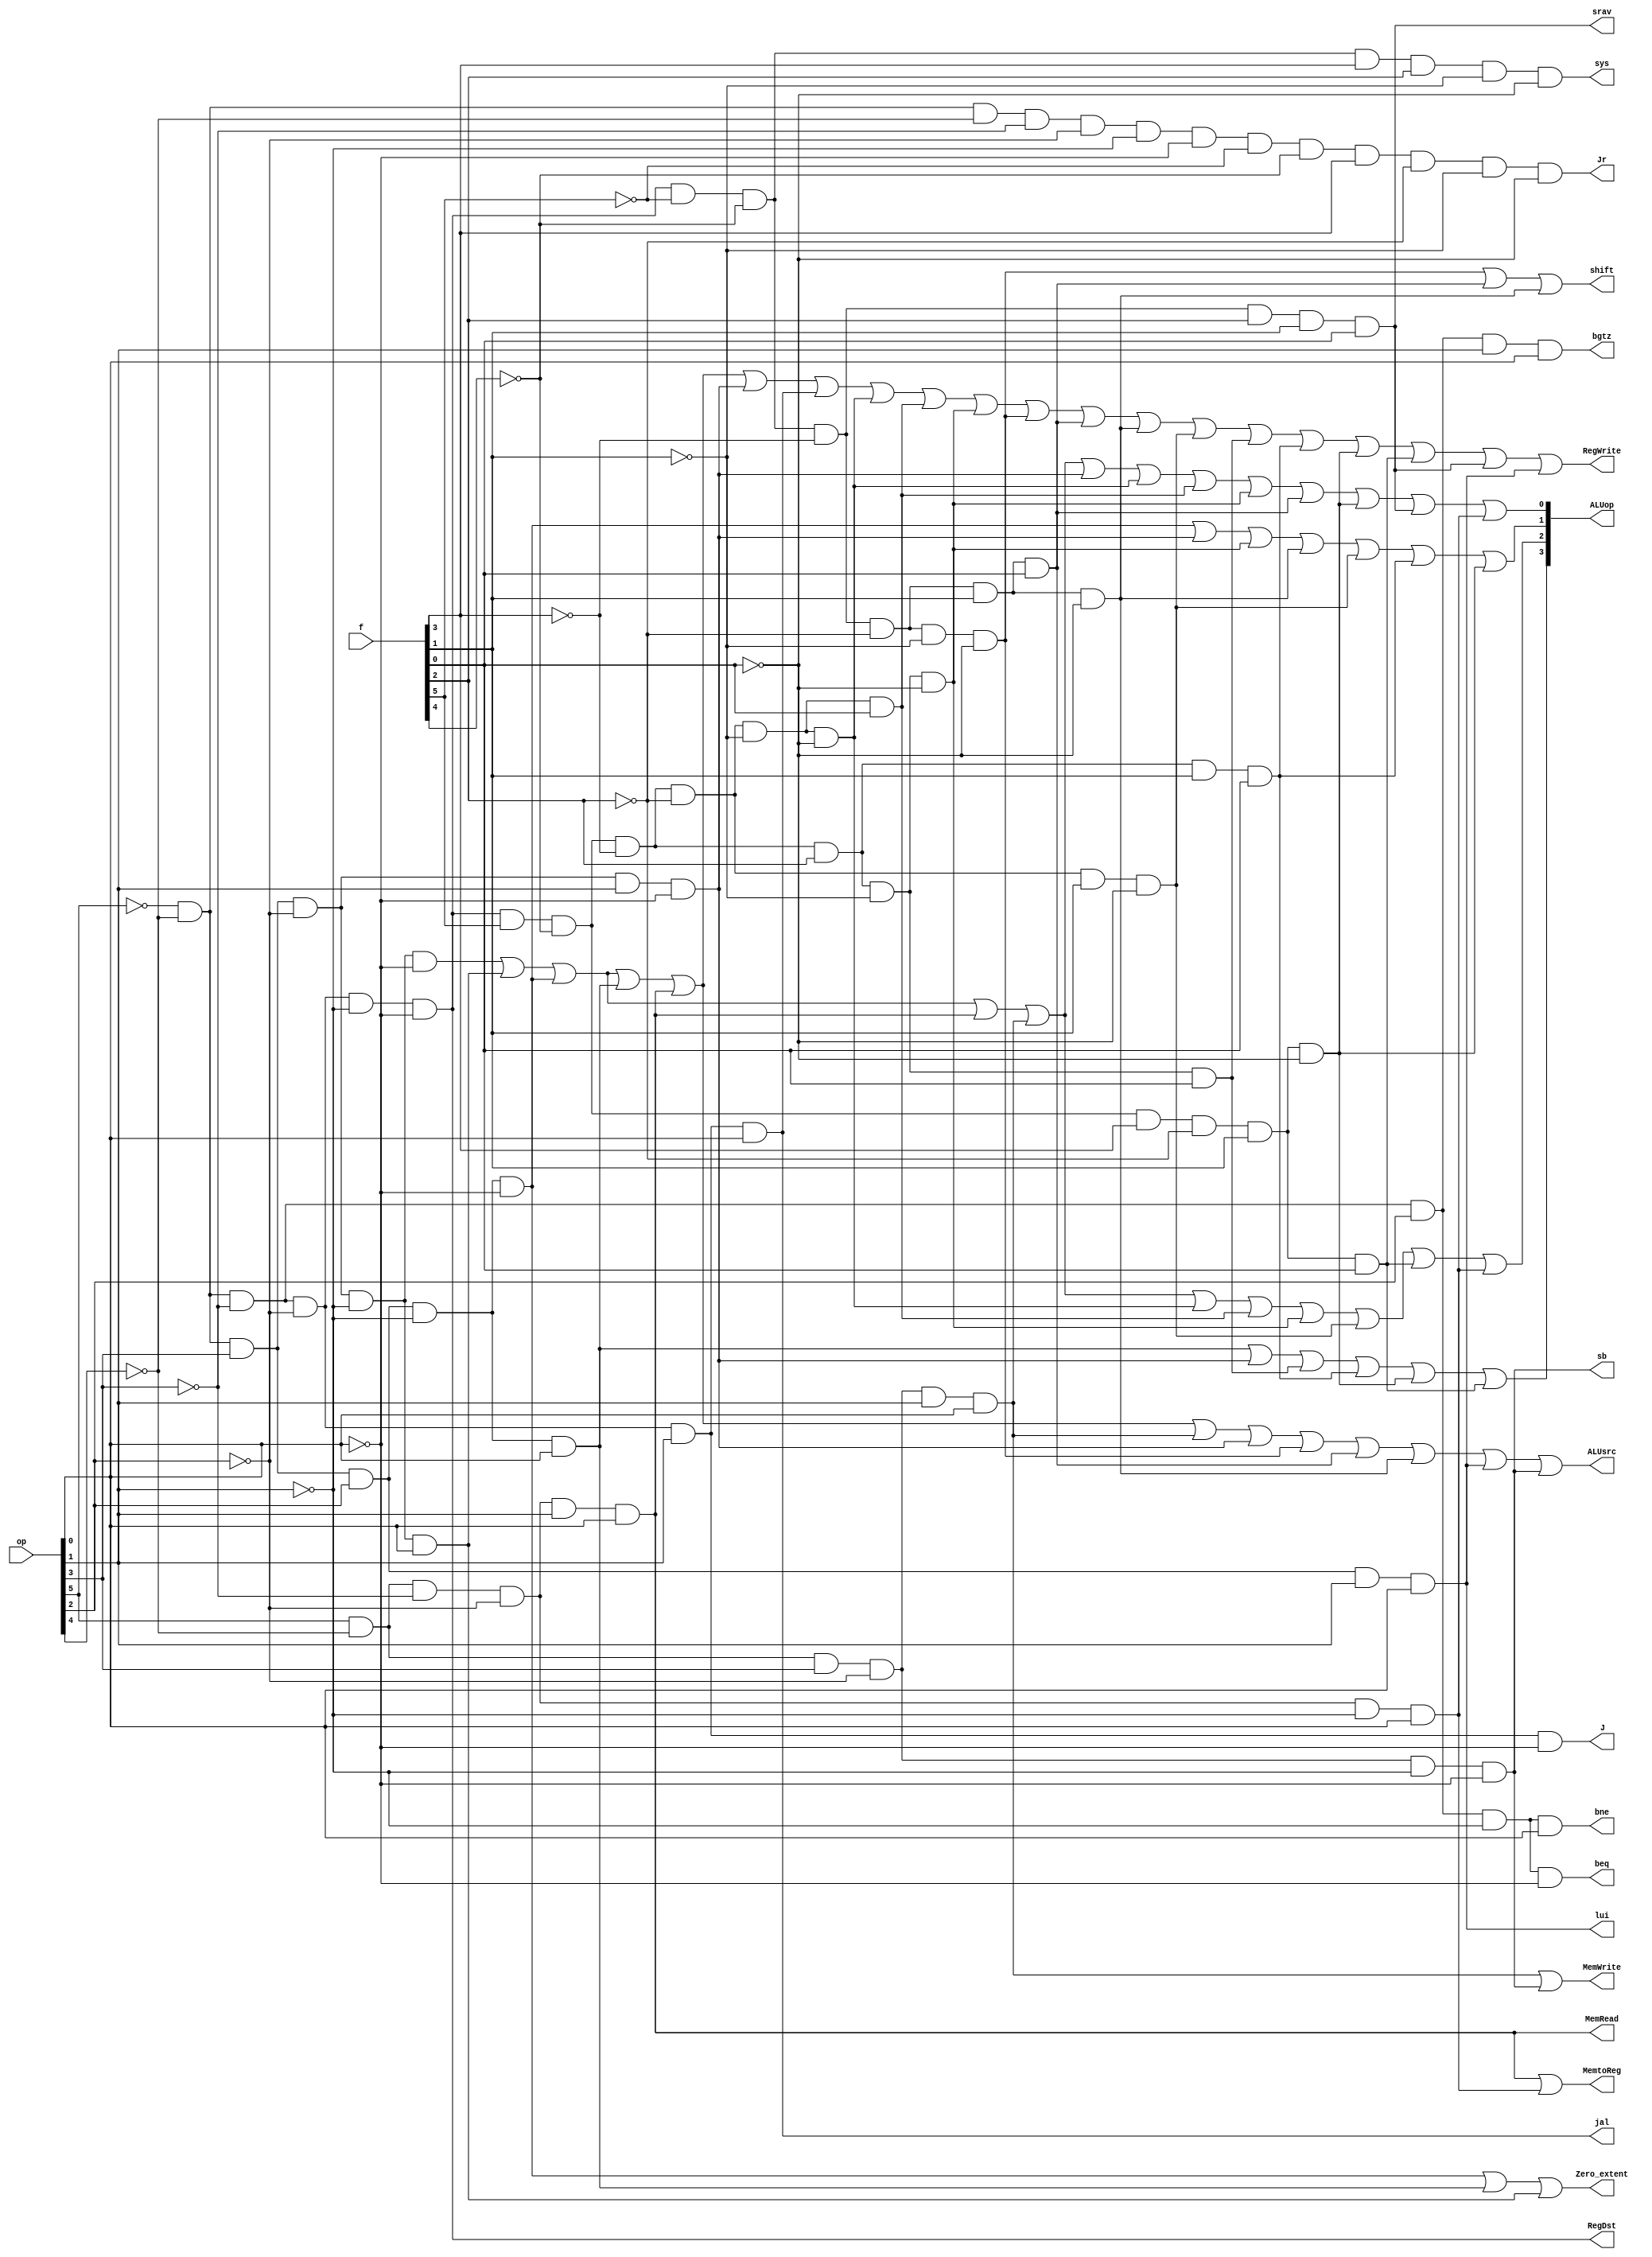
`timescale 1ns / 1ps
//////////////////////////////////////////////////////////////////////////////////
// Company: 
// Engineer: 
// 
// Design Name: 
// Module Name: control
// Project Name: 
// Target Devices: 
// Tool Versions: 
// Description: 
// 
// Dependencies: 
// 
// Revision:
// Revision 0.01 - File Created
// Additional Comments:
// 
//////////////////////////////////////////////////////////////////////////////////


module control(
    input [5:0] op,
    input [5:0] f,
    output Zero_extent,
    output RegDst,
    output shift,
    output J,
    output jal,
    output Jr,
    output beq,
    output bne,
    output MemRead,
    output MemtoReg,
    output MemWrite,
    output RegWrite,
    output ALUsrc,
    output [3:0]ALUop,
    output sys,
    output srav,
    output lui,
    output sb,
    output bgtz
    );
    wire op5,op4,op3,op2,op1,op0;
    wire f5, f4,f3,f2,f1,f0;
    assign  op5 = op[5],
            op4 = op[4],
            op3 = op[3],
            op2 = op[2],
            op1 = op[1],
            op0 = op[0];
    assign  f5 = f[5],
            f4 = f[4],
            f3 = f[3],
            f2 = f[2],
            f1 = f[1],
            f0 = f[0];
    assign  Zero_extent = (~op5&~op4&op3&op2&~op1&~op0) | (~op5&~op4&op3&op2&~op1&op0) | (~op5&~op4&op3&~op2&~op1&op0),
            RegDst = ~op5 &~op4&~op3&~op2&~op1&~op0,
            shift = (~op5 &~op4 &~op3 &~op2 &~op1 &~op0 &~f5 &~f4 &~f3 &~f2 &~f1 &~f0) | (~op5 &~op4 &~op3 &~op2 &~op1 &~op0 &~f5 &~f4 &~f3 & ~f2 & f1& f0) | (~op5 &~op4 &~op3 &~op2 &~op1 &~op0 &~f5 &~f4 &~f3 &~f2&f1 &~f0),
            J = ~op5 & ~op4 & ~op3 & ~op2 & op1 &~op0,
            jal = ~op5 & ~op4 & ~op3 & ~op2 & op1 &op0,
            Jr = ~op5 & ~op4 & ~op4 & ~op3 & ~op2 & ~op1 & ~op0 & ~f5 & ~f4 & f3 & ~f2 & ~f1 & ~f0,
            beq = ~op5 & ~op4 & ~op3 & op2 & ~op1 & ~op0,
            bne = ~op5 & ~op4 & ~op3 & op2 & ~op1 & op0,
            MemRead = op5 & ~op4 & ~op3 & ~op2 & op1 & op0,
            MemtoReg = (op5 & ~op4 & ~op3 & ~op2 & op1 & op0) | (op5 & ~op4 & ~op3 & ~op2 & ~op1 & op0),
            MemWrite = (op5 & ~op4 & op3 & ~op2 & op1 & op0) | (op5 & ~op4 & op3 & ~op2 & ~op1 & ~op0),
            RegWrite = (~op5 &~op4 &op3 &~op2 &~op1 &~op0) | (~op5 &~op4 &op3 &~op2 &~op1 &op0) | (~op5 &~op4 &op3 &op2 &~op1 &~op0) | (~op5 &~op4 &op3 &op2 &~op1 &op0) | (op5 &~op4 &~op3 &~op2 &op1 &op0) | (~op5 &~op4 &op3 &~op2 &op1 &~op0) | (~op5 &~op4 &~op3 &~op2 &op1 &op0 )| (~op5 &~op4 &~op3 &~op2 &~op1 &~op0 &f5 &~f4 &~f3 &~f2 &~f1 &~f0) | (~op5 &~op4 &~op3 &~op2 &~op1 &~op0 &f5 &~f4 &~f3 &~f2 &~f1 &f0) | (~op5 &~op4 &~op3 &~op2 &~op1 &~op0 &f5 &~f4 &~f3 &f2 &~f1 &~f0)|( ~op5 &~op4 &~op3 &~op2 &~op1 &~op0 &~f5 &~f4 &~f3 &~f2 &~f1 &~f0)|( ~op5 &~op4& ~op3 &~op2 &~op1 &~op0 &~f5 &~f4 &~f3 &~f2 &f1 &f0) |( ~op5 &~op4 &~op3 &~op2 &~op1 &~op0 &~f5 &~f4 &~f3 &~f2 &f1& ~f0) |(~op5 &~op4 &~op3 &~op2& ~op1& ~op0& f5 &~f4& ~f3& ~f2 &f1 &~f0 )|( ~op5 &~op4 &~op3 &~op2 &~op1 &~op0 &f5 &~f4 &~f3 &f2 &~f1& f0 )|( ~op5 &~op4 &~op3& ~op2 &~op1 &~op0 &f5 &~f4 &~f3 &f2 &f1 &f0) |( ~op5 &~op4 &~op3 &~op2 &~op1 &~op0 &f5 &~f4 &f3& ~f2 &f1 &~f0 )| (~op5 &~op4 &~op3 &~op2 &~op1 &~op0 &f5 &~f4 &f3 &~f2 &f1 &f0) | (~op5 &~op4 &~op3 &~op2 &~op1 &~op0 &~f5 &~f4 &~f3 &f2 &f1 &f0 )|( ~op5 &~op4 &op3& op2 &op1 &op0),
            ALUsrc = (~op5 &~op4 &op3 &~op2 &~op1 &~op0) | (~op5 &~op4 &op3 &~op2 &~op1 &op0) | (~op5 &~op4 &op3 &op2 &~op1 &~op0) | ( ~op5 &~op4 &op3 &op2 &~op1 &op0) | (op5 &~op4 &~op3& ~op2 &op1 &op0) | (op5 &~op4 &op3 &~op2 &op1 &op0) | (~op5 &~op4 &op3 &~op2 &op1 &~op0) | (~op5 &~op4 &~op3 &~op2 &~op1 &~op0 &~f5 &~f4 &~f3 &~f2 &~f1 &~f0 )| ( ~op5 &~op4 &~op3 &~op2 &~op1 &~op0 &~f5 &~f4 &~f3 &~f2 &f1 &f0 )| (~op5 &~op4 &~op3 &~op2 &~op1 &~op0 &~f5 &~f4 &~f3 &~f2 &f1 &~f0) | (~op5 &~op4 &op3 &op2 &op1 &op0 )|(op5 &~op4 &op3 &~op2 &~op1& ~op0),
            ALUop[3] = (~op5&~op4&op3&op2&~op1&op0 )|(~op5&~op4&op3&~op2&op1&~op0 )|(~op5&~op4&~op3&~op2&~op1&~op0&f5&~f4&~f3&f2&~f1&f0 )|(~op5&~op4&~op3&~op2&~op1&~op0&f5&~f4&~f3&f2&f1&f0 )|(~op5&~op4&~op3&~op2&~op1&~op0&f5&~f4&f3&~f2&f1&~f0 )|(~op5&~op4&~op3&~op2&~op1&~op0&f5&~f4&f3&~f2&f1&f0),
            ALUop[2] = (~op5&~op4&op3&~op2&~op1&~op0 )|(~op5&~op4&op3&~op2&~op1&op0 )|(~op5&~op4&op3&op2&~op1&~op0 )|(op5&~op4&~op3&~op2&op1&op0 )|(op5&~op4&op3&~op2&op1&op0 )|(~op5&~op4&~op3&~op2&~op1&~op0&f5&~f4&~f3&~f2&~f1&~f0 )|(~op5&~op4&~op3&~op2&~op1&~op0&f5&~f4&~f3&~f2&~f1&f0 )|(~op5&~op4&~op3&~op2&~op1&~op0&f5&~f4&~f3&f2&~f1&~f0 )|(~op5&~op4&~op3&~op2&~op1&~op0&f5&~f4&~f3&~f2&f1&~f0 )|(~op5&~op4&~op3&~op2&~op1&~op0&f5&~f4&f3&~f2&f1&f0 )|(op5&~op4&~op3&~op2&~op1&op0),
            ALUop[1] = (~op5&~op4&op3&op2&~op1&~op0 )|(~op5&~op4&op3&~op2&op1&~op0 )|(~op5&~op4&~op3&~op2&~op1&~op0&f5&~f4&~f3&f2&~f1&~f0 )|(~op5&~op4&~op3&~op2&~op1&~op0&~f5&~f4&~f3&~f2&f1&~f0 )|(~op5&~op4&~op3&~op2&~op1&~op0&f5&~f4&~f3&~f2&f1&~f0 )|(~op5&~op4&~op3&~op2&~op1&~op0&f5&~f4&~f3&f2&f1&f0 )|(~op5&~op4&~op3&~op2&~op1&~op0&f5&~f4&f3&~f2&f1&~f0),
            ALUop[0] = (~op5&~op4&op3&~op2&~op1&~op0 )|(~op5&~op4&op3&~op2&~op1&op0 )|(~op5&~op4&op3&op2&~op1&~op0 )|(op5&~op4&~op3&~op2&op1&op0 )|(op5&~op4&op3&~op2&op1&op0 )|(~op5&~op4&op3&~op2&op1&~op0 )|(~op5&~op4&~op3&~op2&~op1&~op0&f5&~f4&~f3&~f2&~f1&~f0 )|(~op5&~op4&~op3&~op2&~op1&~op0&f5&~f4&~f3&~f2&~f1&f0 )|(~op5&~op4&~op3&~op2&~op1&~op0&f5&~f4&~f3&f2&~f1&~f0 )|(~op5&~op4&~op3&~op2&~op1&~op0&~f5&~f4&~f3&~f2&f1&f0 )|(~op5&~op4&~op3&~op2&~op1&~op0&f5&~f4&f3&~f2&f1&~f0 )|(~op5&~op4&~op3&~op2&~op1&~op0&~f5&~f4&~f3&f2&f1&f0 )|(op5&~op4&~op3&~op2&~op1&op0),
            sys = ~op5 &~op4 &~op3 &~op2 &~op1 &~op0 &~f5 &~f4 &f3 &f2 &~f1 &~f0,
            srav = ~op5 &~op4 &~op3 &~op2 &~op1 &~op0 &~f5 &~f4& ~f3 &f2 &f1 &f0,
            lui = ~op5 &~op4 &op3 &op2 &op1 &op0,
            sb = op5 &~op4 &op3 &~op2 &~op1 &~op0,
            bgtz = ~op5 &~op4 &~op3 &op2 &op1 &op0;

endmodule